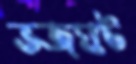
ভজঘট